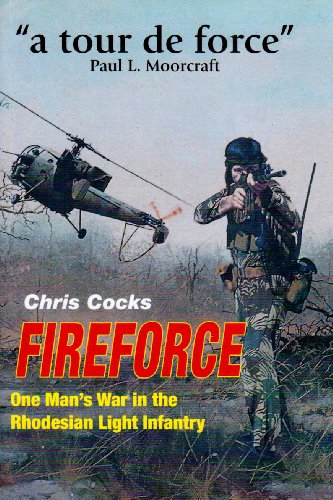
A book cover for Fireforce: One Man's War in the Rhodesia Light Infantry; Chris Cocks; History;